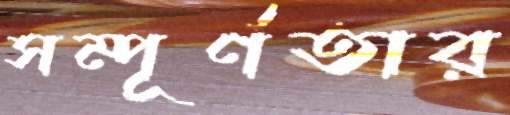
সম্পূর্ণতার